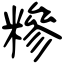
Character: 糝